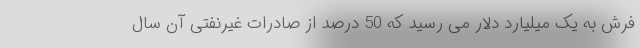
فرش به یک میلیارد دلار می رسید که 50 درصد از صادرات غیرنفتی آن سال